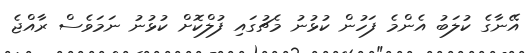
އޭނާގެ ކުލަބު އެންމެ ފަހުން ކުޅުނު މެޗުގައި ފުލްކޮށް ކުޅުނު ނަމަވެސް ރާއްޖެ